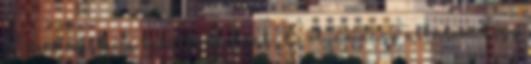
60 éves érettségi találkozónknak. Ez olyan nagy alkalom, hogy